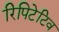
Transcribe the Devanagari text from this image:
रिपिटेटिव